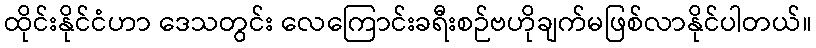
ထိုင်းနိုင်ငံဟာ ဒေသတွင်း လေကြောင်းခရီးစဉ်ဗဟိုချက်မဖြစ်လာနိုင်ပါတယ်။